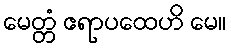
မေတ္တံ ဧရာပထေဟိ မေ။